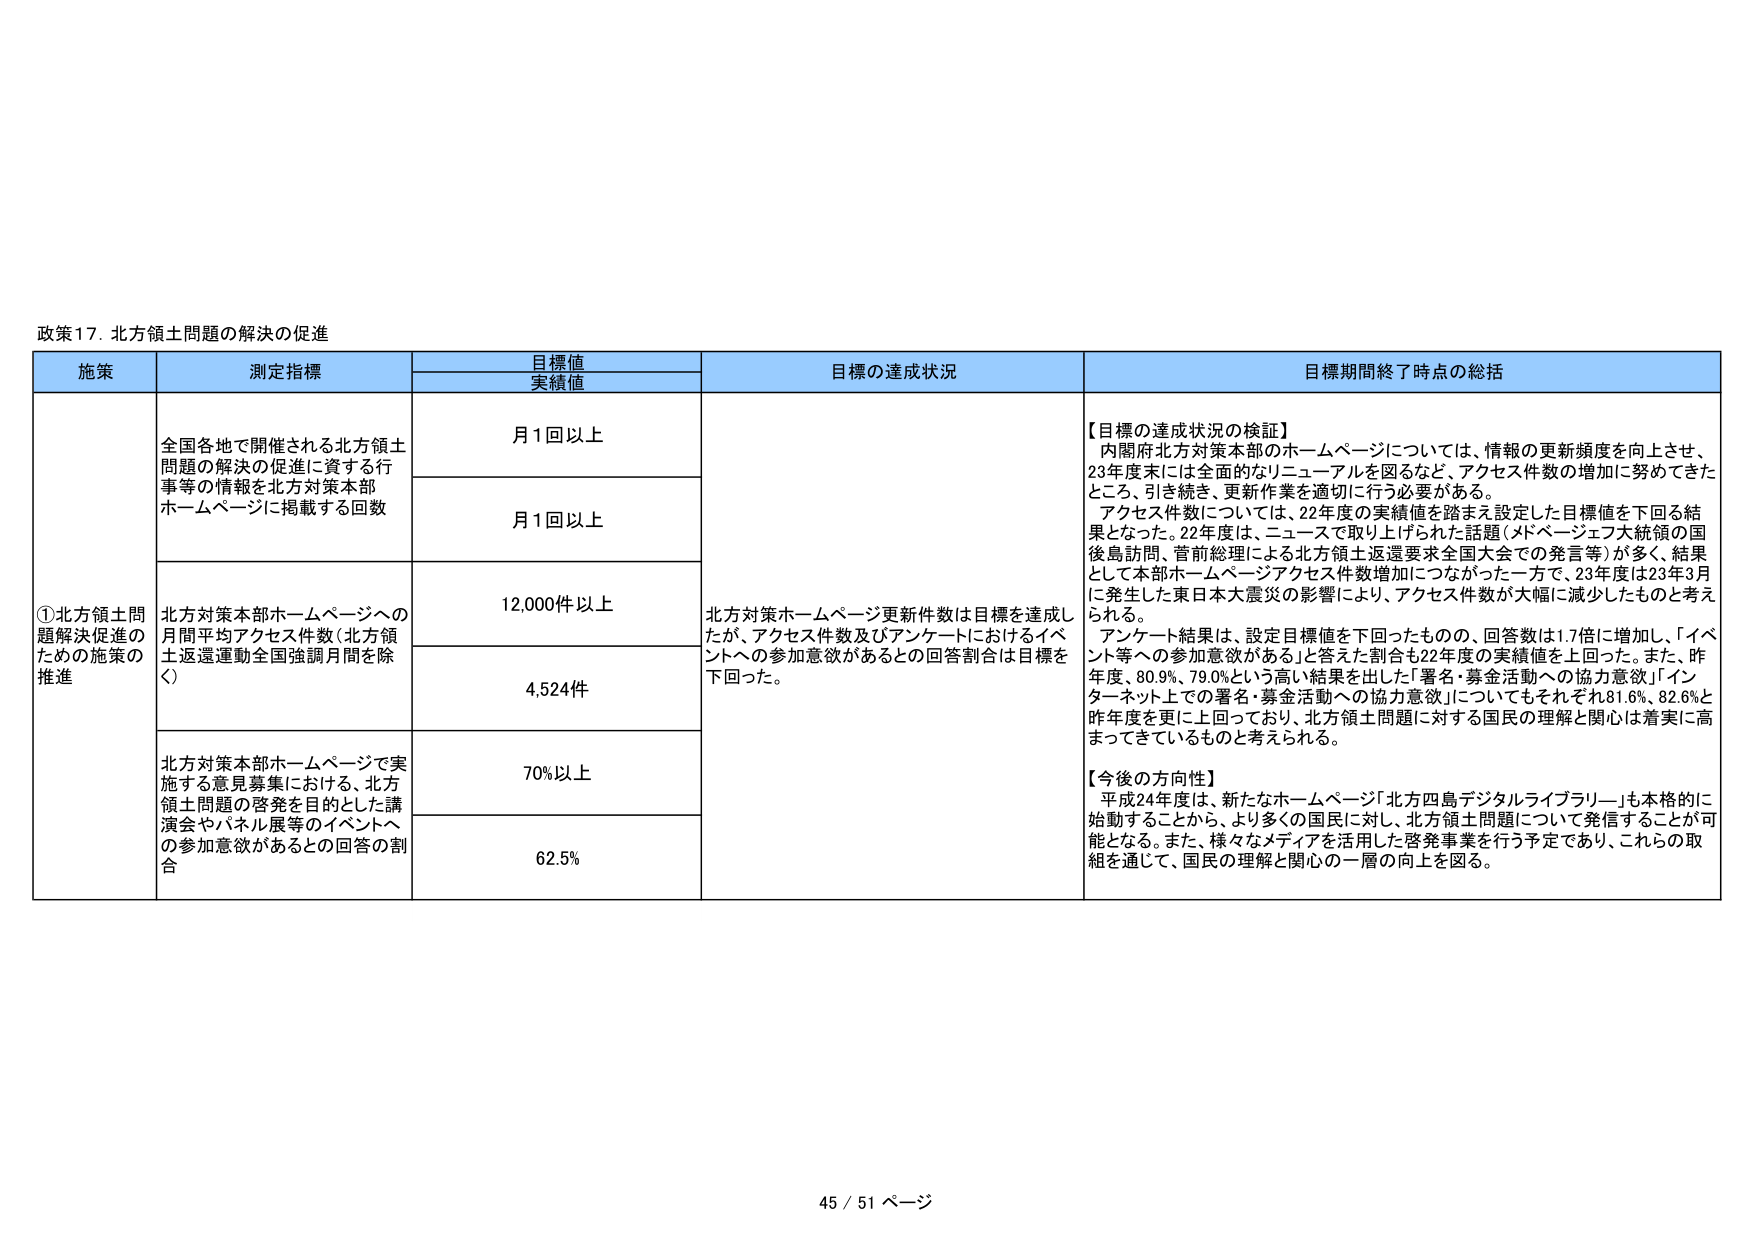
政策17. 北方領土問題の解決の促進

施策